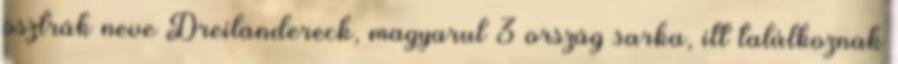
osztrák neve Dreiländereck, magyarul 3 ország sarka, itt találkoznak